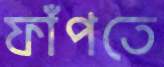
ফাঁপতে